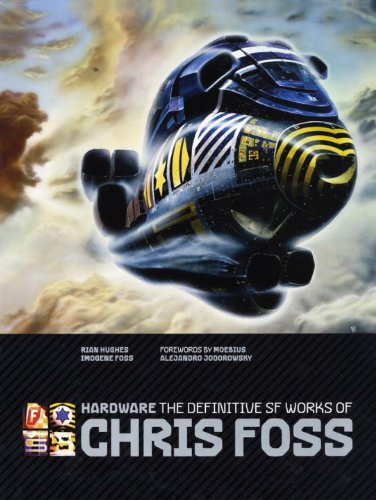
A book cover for Hardware: The Definitive SF Works of Chris Foss; Chris Foss; Arts & Photography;